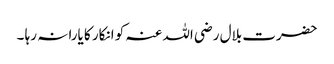
حضرت بلال رضی اللہ عنہ کو انکار کا یارا نہ رہا ۔